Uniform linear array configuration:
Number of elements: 64
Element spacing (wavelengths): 1
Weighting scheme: hann
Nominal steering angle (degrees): -30
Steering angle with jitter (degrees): -31.345
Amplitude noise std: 0.05
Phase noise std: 0.05

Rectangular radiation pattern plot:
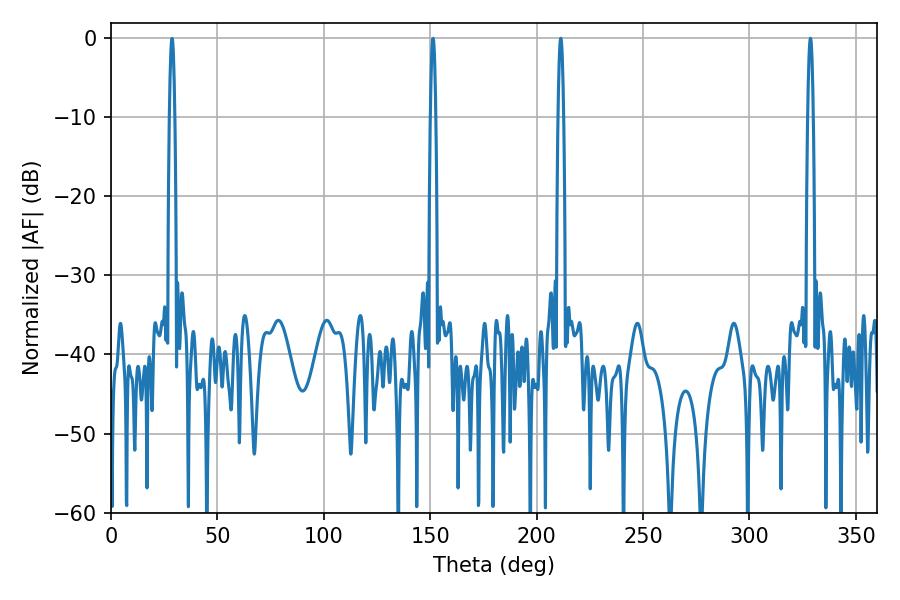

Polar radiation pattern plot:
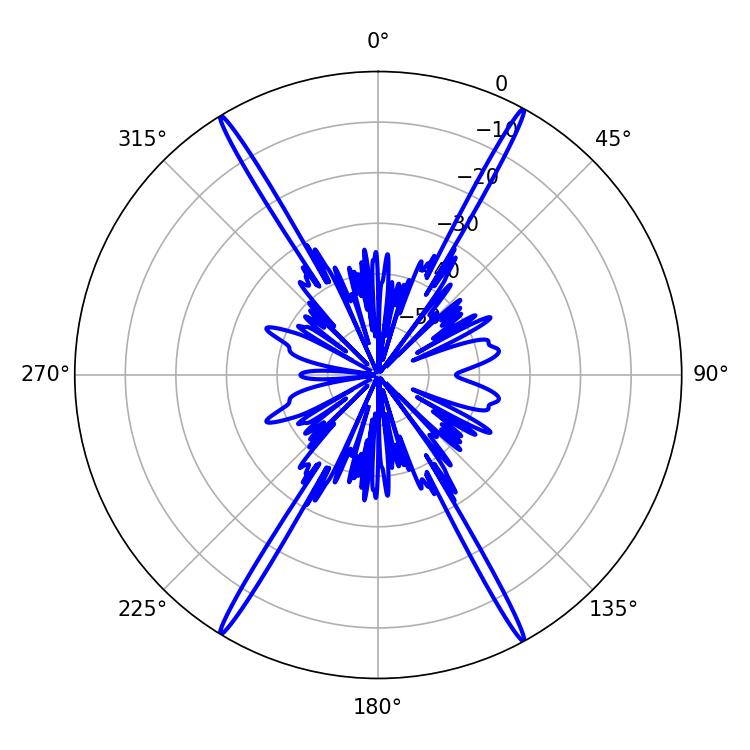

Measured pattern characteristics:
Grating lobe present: TRUE
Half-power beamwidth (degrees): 1.44
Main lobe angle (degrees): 211.32